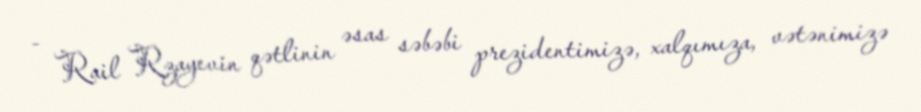
- Rail Rzayevin qətlinin əsas səbəbi prezidentimizə, xalqımıza, vətənimizə